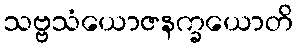
သဗ္ဗသံယောဇနက္ခယောတိ